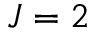
J = 2